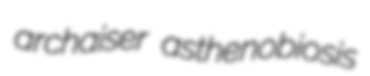
archaiser asthenobiosis